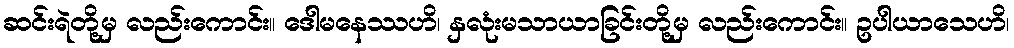
ဆင်းရဲတို့မှ လည်းကောင်း။ ဒေါမနေဿဟိ၊ နှလုံးမသာယာခြင်းတို့မှ လည်းကောင်း။ ဥပါယာသေဟိ၊